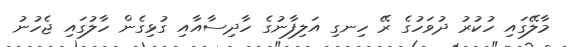
މާލޭގައި ހުކުރު ދުވަހުގެ ރޭ ހިނގި އަލިފާނުގެ ހާދިސާއާއި ގުޅިގެން ހާލުގައި ޖެހުނު